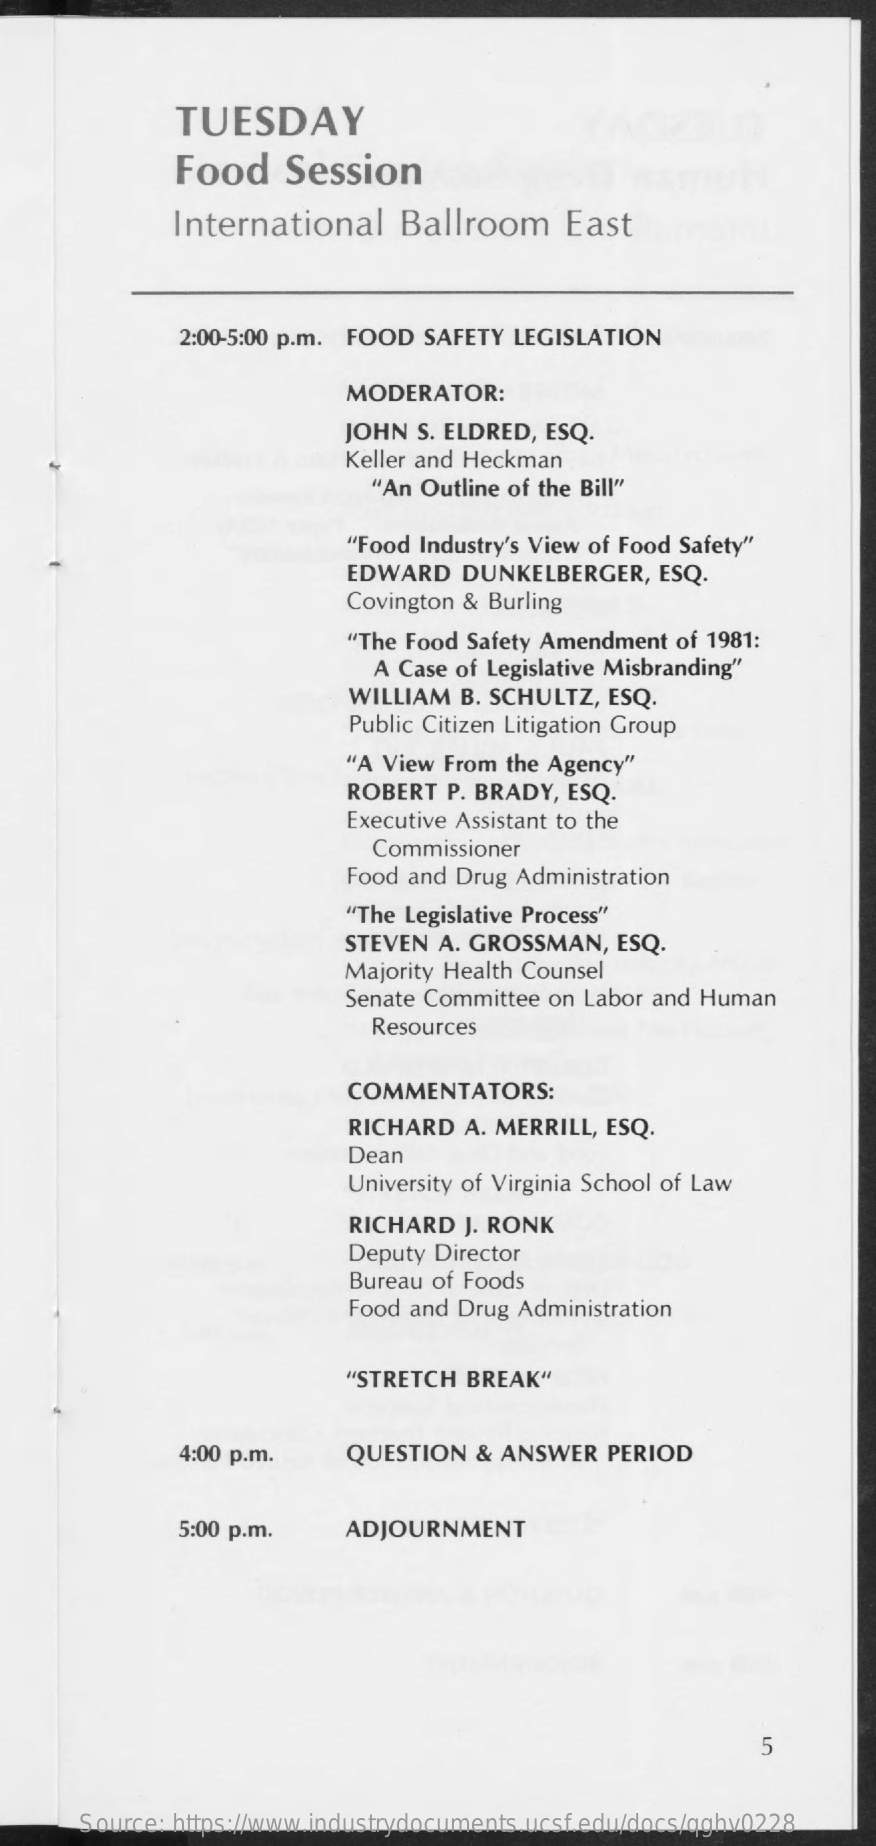
TUESDAY
     Food    Session
     International    Ballroom    East
     2:00-5:00 p.m. FOOD SAFETY LEGISLATION
     MODERATOR:
     JOHN  S. ELDRED, ESQ.
     Keller and Heckman
     "An Outline of the Bill"
     "Food Industry's View of Food Safety"
     EDWARD   DUNKELBERGER,   ESQ.
     Covington & Burling
     "The Food Safety Amendment of 1981:
     A Case of Legislative Misbranding"
     WILLIAM  B. SCHULTZ, ESQ.
     Public Citizen Litigation Group
     "A View From the Agency"
     ROBERT  P. BRADY, ESQ.
     Executive Assistant to the
     Commissioner
     Food and Drug Administration
     "The Legislative Process"
     STEVEN A. GROSSMAN,   ESQ.
     Majority Health Counsel
     Senate Committee on Labor and Human
     Resources
     COMMENTATORS:
     RICHARD  A. MERRILL, ESQ.
     Dean
     University of Virginia School of Law
     RICHARD  J. RONK
     Deputy Director
     Bureau of Foods
     Food and Drug Administration
     "STRETCH  BREAK"
     4:00 p.m.    QUESTION  & ANSWER   PERIOD
     5:00 p.m.    ADJOURNMENT
     5
     Source: https://www.industrydocuments.ucsf.edu/docs/qghv0228